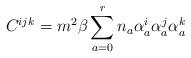
LaTeX: \begin{align*}C^{ijk}=m^2\beta\sum_{a=0}^rn_a\alpha_a^i \alpha_a^j \alpha_a^k\end{align*}